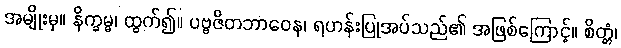
အမျိုးမှ။ နိက္ခမ္မ၊ ထွက်၍။ ပဗ္ဗဇိတဘာဝေန၊ ရဟန်းပြုအပ်သည်၏ အဖြစ်ကြောင့်။ စိတ္တံ၊